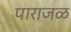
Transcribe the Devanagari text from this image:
पाराजळ